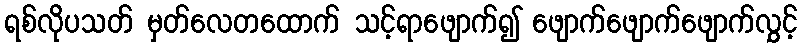
ရစ်လိုပသတ် မှတ်လေတထောက် သင့်ရာဖျောက်၍ ဖျောက်ဖျောက်ဖျောက်လွှင့်